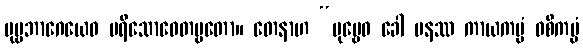
ပုဗ္ဗဘာဂေယေဝ ပရိသောဓေတဗ္ဗတော။ တေနာဟ “ပုဗ္ဗေဝ ခေါ ပနဿ ကာယကမ္မံ ဝစီကမ္မံ